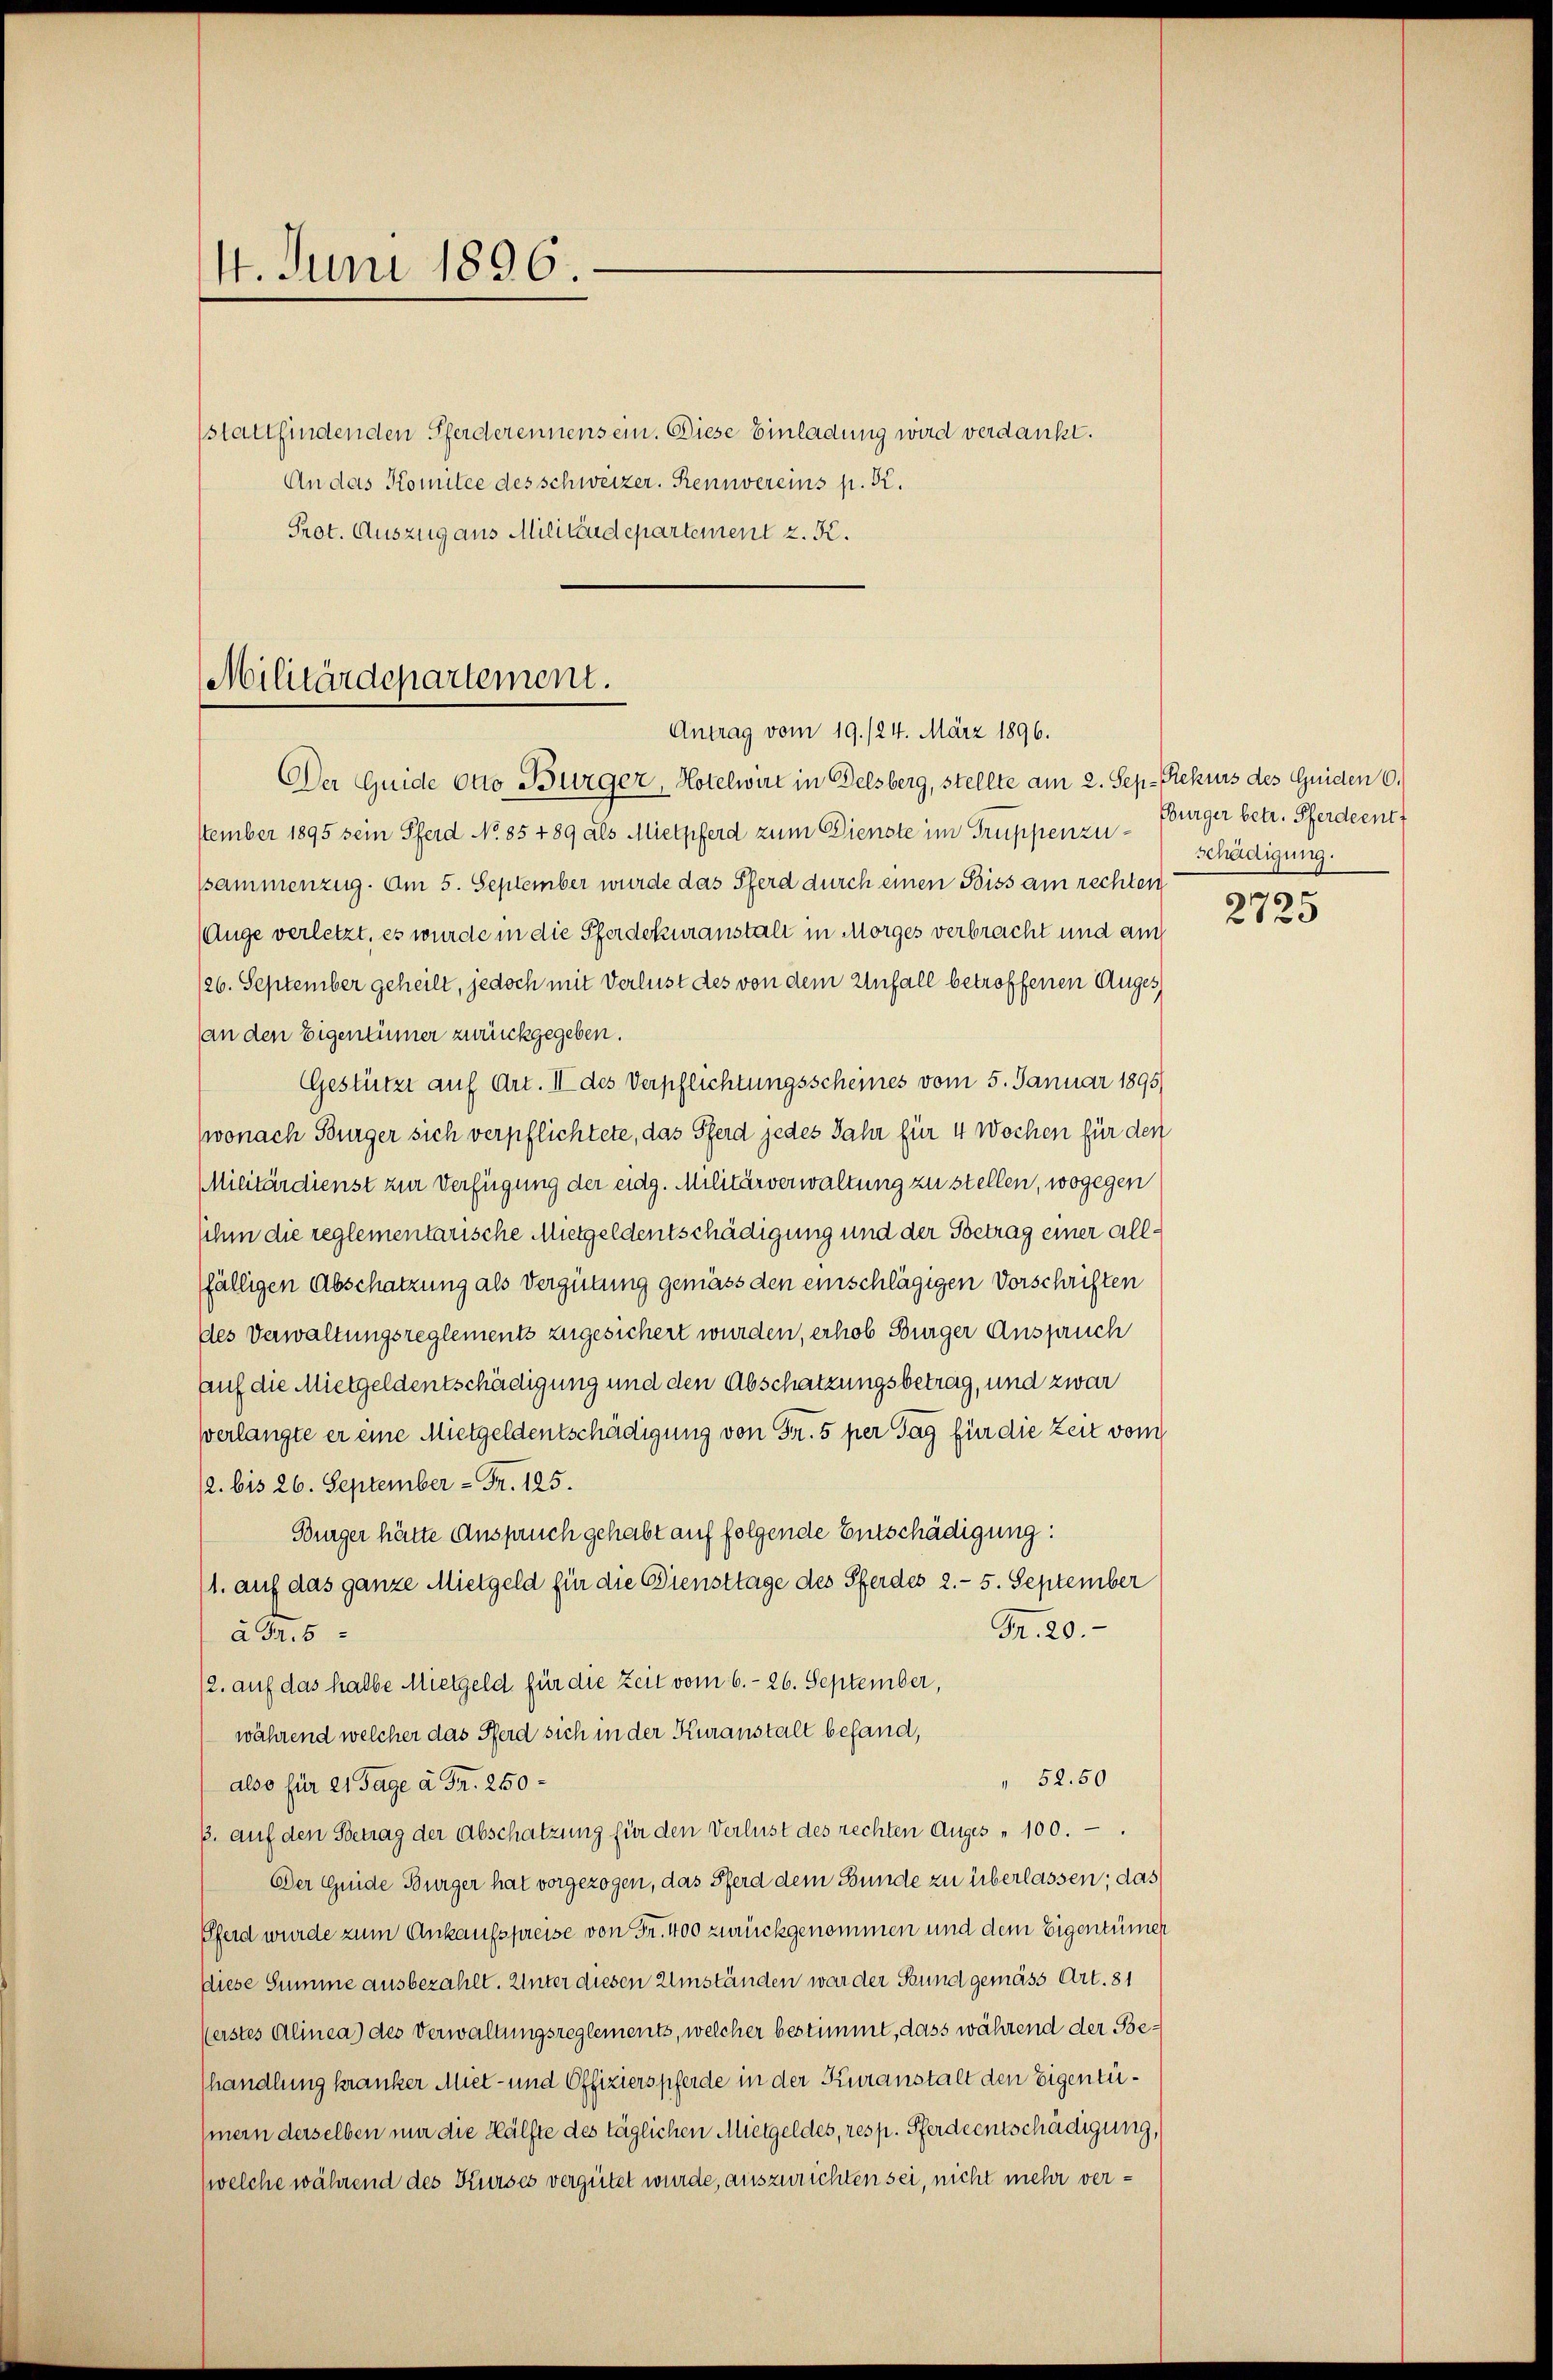
14. Juni 1896.

stattfindenden Pferderennensein. Diese Einladung wird verdankt.
An das Komitee des schweizer. Rennvereins p. R.
Prot. Auszug aus Militärdepartement z. K.

Militärdepartement.
Antrag vom 19./24. März 1896.

Der Guide Otto Bürger, Hotelwirt in Delsberg, stellte am 2. Sep. Rekurs des Guiden 6.
ttember 1895 sein Pferd No. 85 489 als Mielpferd zum Dienste im Truppenze Burger betr. Pferdent
ssammenzug. Am 5. September wurde das Pferd durch einen Biss am rechten
(Auge verletzt, es wurde in die Pferdekuranstalt in Morges verbracht und auch
126. September geheilt, jedoch mit Verlust des von dem Unfall betroffenen Auges
an den Eigentümer zurückgegeben.
Gestützt auf Art. III des Verpflichtungsscheines vom 5. Januar 1895
wonach Bürger sich verpflichtete, das Pferd jedes Jahr für 4 Wochen für den
Militärdienst zur Verfügung der eidg. Militärverwaltung zu stellen, wogegen
sihm die reglementarische Mietgeldentschädigung und der Betrag einer allfälligen Abschatzung als Vergütung gemäss den einschlägigen Vorschriften
des Verwaltungsreglements zugesichert wurden, erhob Burger Anspruch
Auf die Mietgeldentschädigung und den Abschatzungsbetrag, und zwar
sverlangte er eine Mietgeldentschädigung von Fr. 5 per Tag für die Zeit vom
/2. bis 26. September - Fr. 125.
Bürger hätte Anspruch gehabt auf folgende Entschädigung:
1. auf das ganze Mietgeld für die Diensttage des Pferdes 2.- 5. September
Fr. 20.
à Fr. 5
12. auf das halbe Mietgeld für die Zeit vom 6.- 26. September,
während welcher das Pferd sich in der Kuranstalt befand,
52. 50
also für 21 Tage à Fr. 250
3. auf den Betrag der Abschatzung für den Verlust des rechten Auges - 100.
Der Guide Bürger hat vorgezogen, das Pferd dem Bunde zu überlassen; das
Pferd wurde zum Ankaufspreise von Fr. 400 zurückgenommen und dem Eigentümer
diese Summe ausbezahlt. Unter diesen Umständen war der Stund gemäss Art. 81
(erstes Alinea des Verwaltungsreglements, welcher bestimmt, dass während der Behandlung kranker Miet- und Offizierspferde in der Kuranstalt den Eigentühmern derselben nur die Hälfte des täglichen Mietgeldes, resp. Pferdientschädigung,
(welche während des Kurses vergütet wurde, auszurichten sei, nicht mehr ver¬

schädigung.

2725